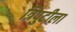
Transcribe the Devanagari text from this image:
त्रिपुटीला